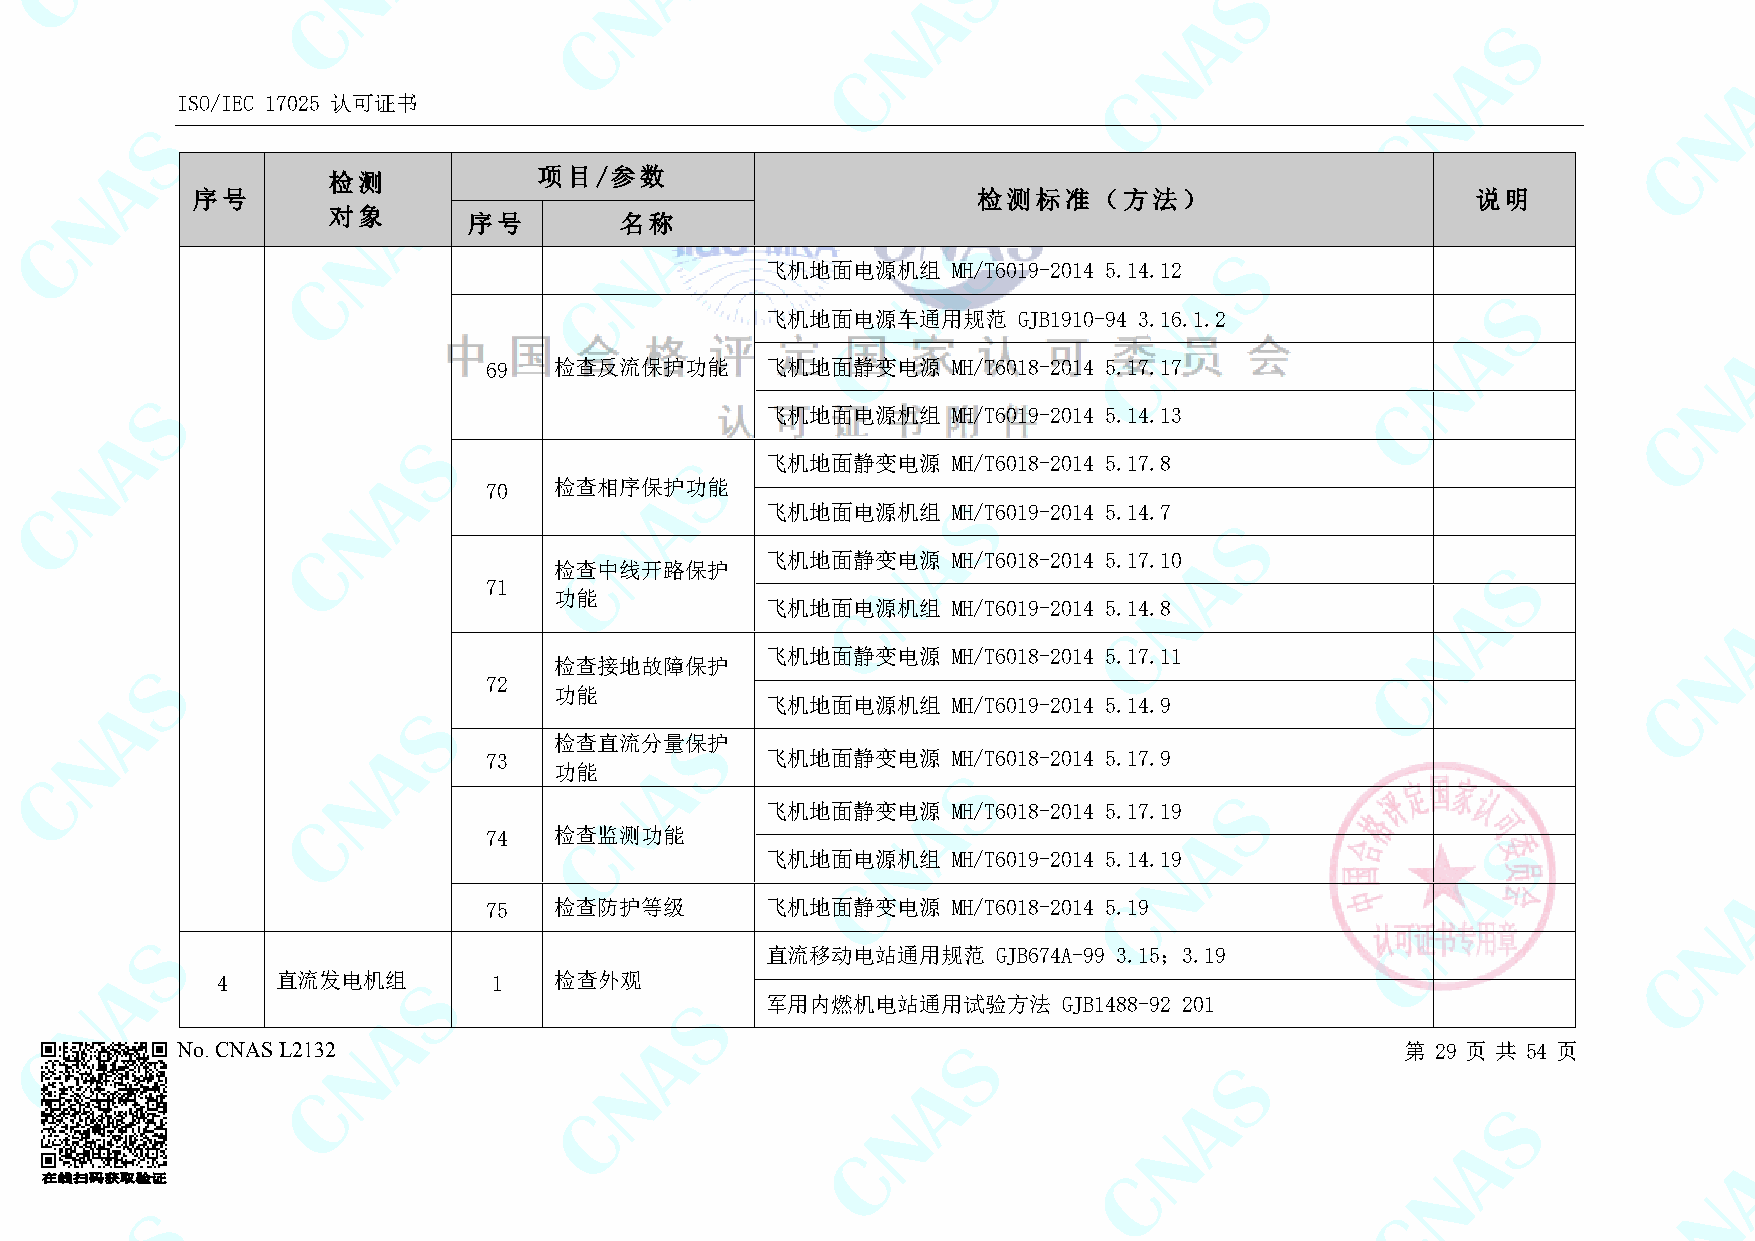
ISO/IEC 17025 认可证书
 检测            项目/参数
 序号                                                  检测标准（方法）                         说明
 对象
 序号        名称
 飞机地面电源机组    MH/T6019-2014 5.14.12
 飞机地面电源车通用规范     GJB1910-94 3.16.1.2
 69   检查反流保护功能      飞机地面静变电源    MH/T6018-2014 5.17.17
 飞机地面电源机组    MH/T6019-2014 5.14.13
 飞机地面静变电源    MH/T6018-2014 5.17.8
 70   检查相序保护功能
 飞机地面电源机组    MH/T6019-2014 5.14.7
 飞机地面静变电源    MH/T6018-2014 5.17.10
 检查中线开路保护
 71
 功能
 飞机地面电源机组    MH/T6019-2014 5.14.8
 飞机地面静变电源    MH/T6018-2014 5.17.11
 检查接地故障保护
 72
 功能
 飞机地面电源机组    MH/T6019-2014 5.14.9
 检查直流分量保护
 73                 飞机地面静变电源    MH/T6018-2014 5.17.9
 功能
 飞机地面静变电源    MH/T6018-2014 5.17.19
 74   检查监测功能
 飞机地面电源机组    MH/T6019-2014 5.14.19
 75   检查防护等级        飞机地面静变电源    MH/T6018-2014 5.19
 直流移动电站通用规范     GJB674A-99 3.15；3.19
 4   直流发电机组         1   检查外观
 军用内燃机电站通用试验方法      GJB1488-92 201
 No. CNAS L2132                                                                   第 29 页 共 54 页